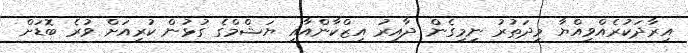
އިރާދަކުރެއްވިއްޔާ މިދަތުރު ނިމިގެން ދާއިރު އިޒްކާންއާއި ޔަޝްމްގެ ގުޅުން ކުރިއަށް ވުރެ ބޮޑަށް